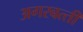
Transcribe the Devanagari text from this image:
अगरबत्‍ती